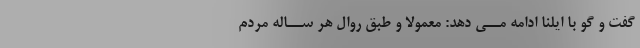
گفت و گو با ایلنا ادامه مــى دهد: معمولا و طبق روال هر ســاله مردم